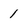
Character: 1